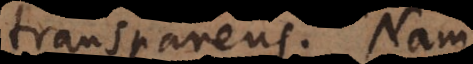
transparens. Nam